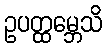
ဥပတ္ထမ္ဘေသိ